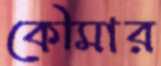
কৌমার